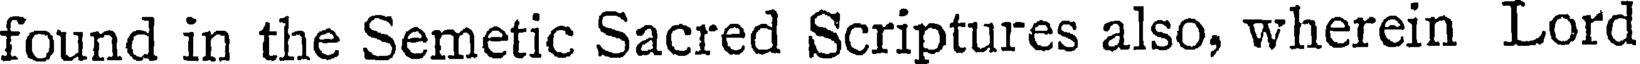
found in the Semetic Sacred Scriptures also, wherein Lord